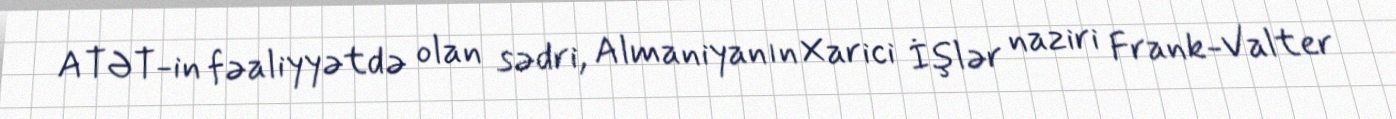
ATƏT-in fəaliyyətdə olan sədri, Almaniyanın Xarici İşlər naziri Frank-Valter